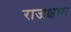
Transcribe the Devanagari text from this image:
राजक्षमा